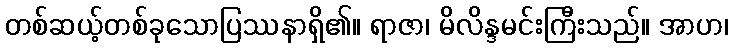
တစ်ဆယ့်တစ်ခုသောပြဿနာရှိ၏။ ရာဇာ၊ မိလိန္ဒမင်းကြီးသည်။ အာဟ၊